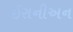
ઈરાનીઅન